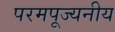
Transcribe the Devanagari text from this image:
परमपूज्‍यनीय